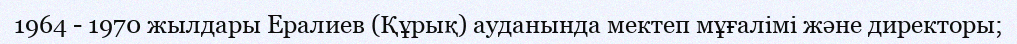
1964 - 1970 жылдары Ералиев (Құрық) ауданында мектеп мұғалімі және директоры;